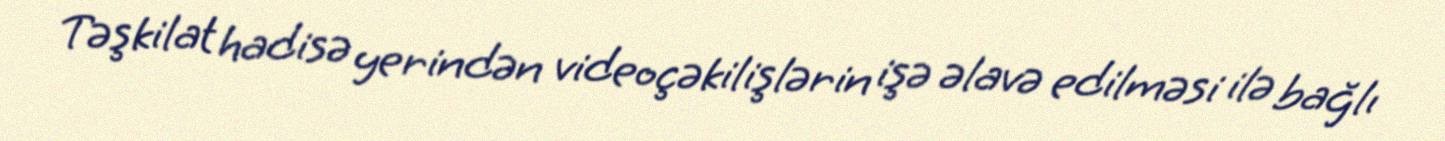
Təşkilat hadisə yerindən videoçəkilişlərin işə əlavə edilməsi ilə bağlı